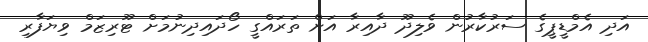
އަދި އެމްޑީޕީގެ ސަރުކާރުން ވެލިދޫ ދާއިރާ އަށް ތަރައްގީ ހޯދައިދިނުމަށް ޓޫރިޒަމް ވިޔަފާރި